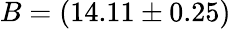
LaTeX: B=(14.11\pm 0.25)